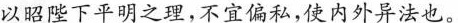
以昭陛下平明之理，不宜偏私，使内外异法也。